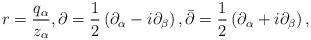
LaTeX: \begin{align*}r = \frac{q_\alpha}{z_\alpha},\partial = \frac{1}{2}\left(\partial_\alpha - i\partial_\beta\right),\bar{\partial} = \frac{1}{2}\left(\partial_\alpha + i\partial_\beta\right),\end{align*}